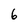
Character: 6